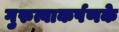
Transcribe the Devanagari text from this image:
गुरुत्वाकर्षणके